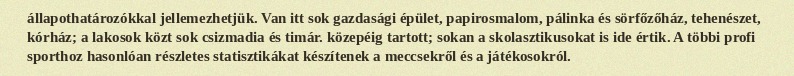
állapothatározókkal jellemezhetjük. Van itt sok gazdasági épület, papirosmalom, pálinka és sörfőzőház, tehenészet, kórház; a lakosok közt sok csizmadia és timár. közepéig tartott; sokan a skolasztikusokat is ide értik. A többi profi sporthoz hasonlóan részletes statisztikákat készítenek a meccsekről és a játékosokról.